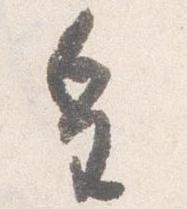
皇